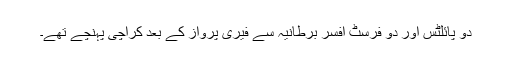
دو پائلٹس اور دو فرسٹ افسر برطانیہ سے فیری پرواز کے بعد کراچی پہنچے تھے۔